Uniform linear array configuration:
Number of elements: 8
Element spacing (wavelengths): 1
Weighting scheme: uniform
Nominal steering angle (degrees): -30
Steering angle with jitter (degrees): -28.689
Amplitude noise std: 0.05
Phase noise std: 0.05

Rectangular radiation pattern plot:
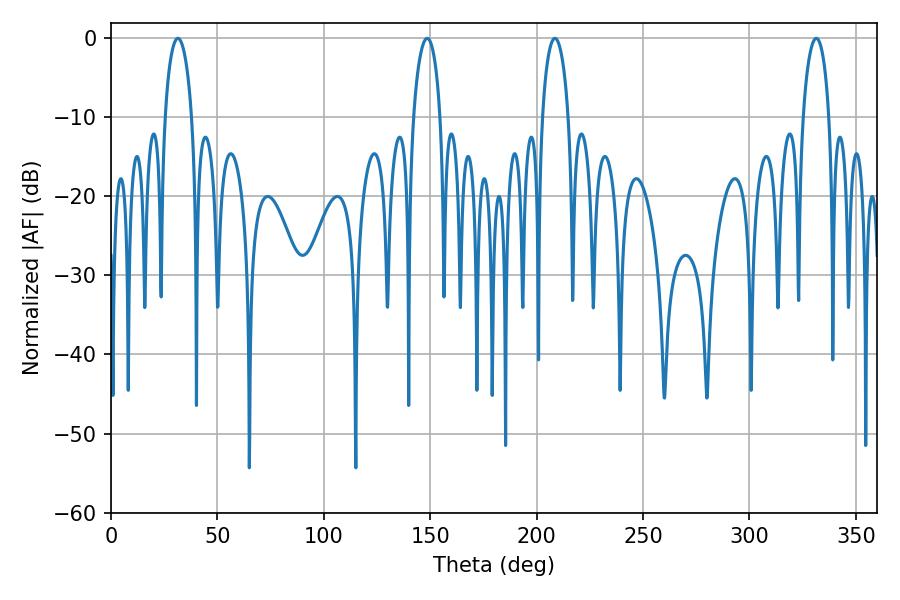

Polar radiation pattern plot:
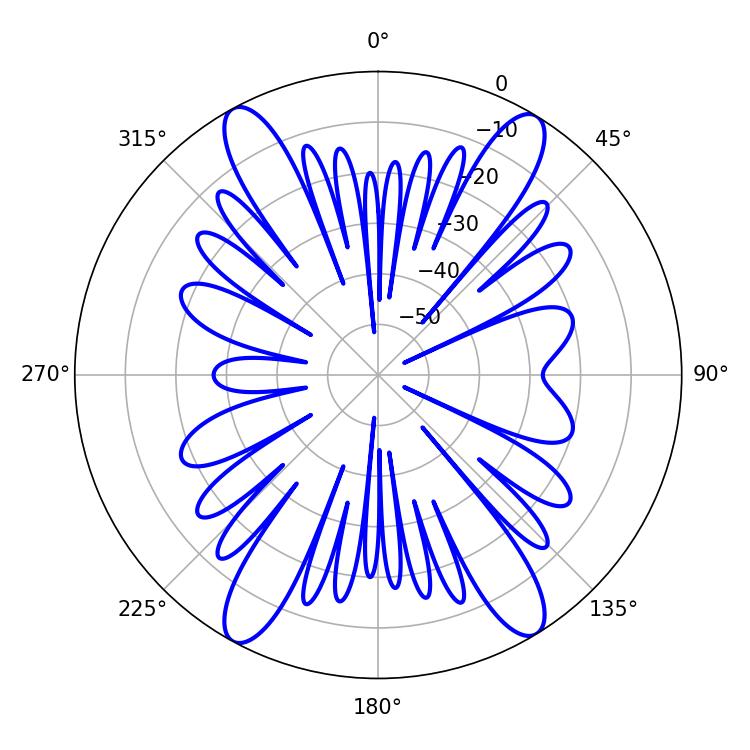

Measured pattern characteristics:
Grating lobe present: TRUE
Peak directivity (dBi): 20.821
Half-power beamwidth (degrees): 7.02
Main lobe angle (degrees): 208.62